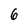
Character: 6